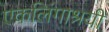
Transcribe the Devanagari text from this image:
एकलिंगाश्रयी